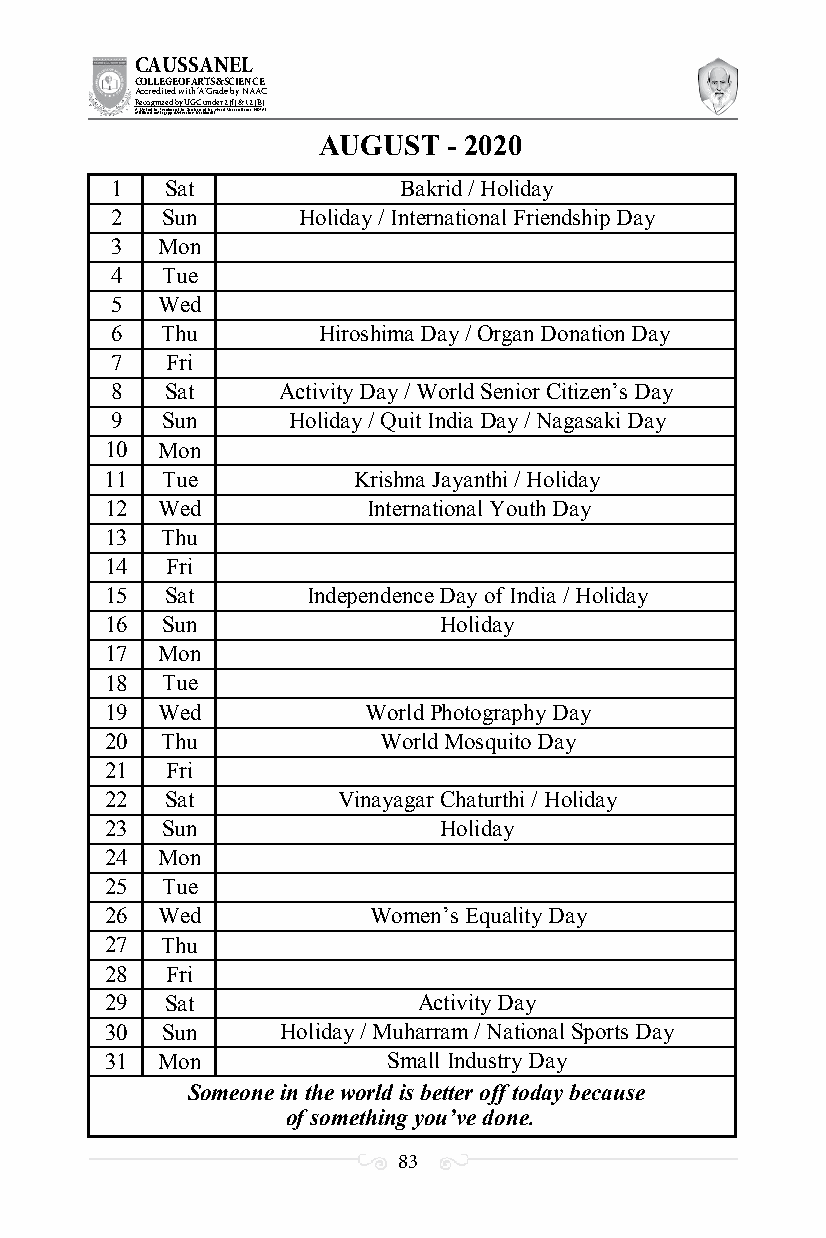
CAUSSANEL
 COLLEGE OF ARTS & SCIENCE
 Accredited with ‘A’ Grade by NAAC
 Recognized by UGC under 2 (f) & 12 (B)
 ((AA fUfilniaitt eodf ttoh eA Ilnasgtaitpuptae oUfn tihvee rBsirtoy,t hKerasr aoifk uthdei )S acred Heart of Jesus, INDIA)
 AUGUST   - 2020
 1   Sat            Bakrid / Holiday
 2   Sun      Holiday / International Friendship Day
 3  Mon
 4   Tue
 5  Wed
 6   Thu       Hiroshima Day / Organ Donation Day
 7   Fri
 8   Sat    Activity Day / World Senior Citizen’s Day
 9   Sun     Holiday / Quit India Day / Nagasaki Day
 10 Mon
 11  Tue         Krishna Jayanthi / Holiday
 12 Wed           International Youth Day
 13  Thu
 14  Fri
 15  Sat      Independence Day of India / Holiday
 16  Sun               Holiday
 17 Mon
 18  Tue
 19 Wed           World Photography Day
 20  Thu           World Mosquito Day
 21  Fri
 22  Sat        Vinayagar Chaturthi / Holiday
 23  Sun               Holiday
 24 Mon
 25  Tue
 26 Wed           Women’s Equality Day
 27  Thu
 28  Fri
 29  Sat              Activity Day
 30  Sun     Holiday / Muharram / National Sports Day
 31 Mon             Small Industry Day
 Someone in the world is better off today because
 of something you’ve done.
 83